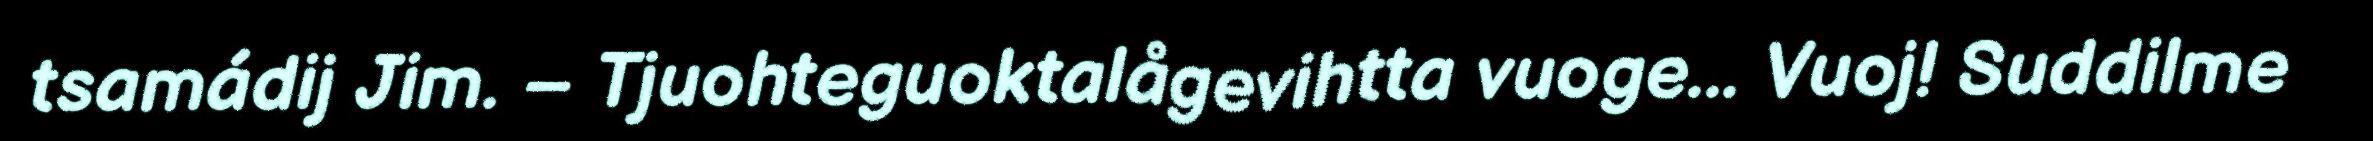
tsamádij Jim. – Tjuohteguoktalågevihtta vuoge... Vuoj! Suddilme